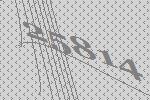
25814